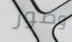
وصور